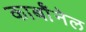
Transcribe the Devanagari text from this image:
कार्बाॅनेल